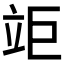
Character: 𥩰